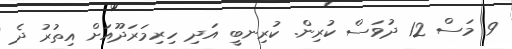
9 މަސް 12 ދުވަސް ކުރިން. ކުރިނބީ އަދި ހިރިމަރަދޫއަށް އިތުރު ދެ